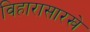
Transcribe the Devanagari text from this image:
विहारासारखे